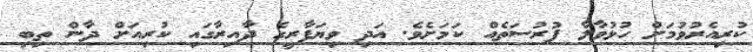
ކުރިއެރުވުމަށް ހުޅުވާލާ ފުރުސަތެއް ކަމަށެވެ. އަދި ވިޔަފާރީގެ ދާއިރާގައި ކުރިއަށް ދާން ތިބި